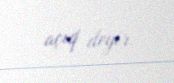
açıq deyir.